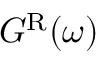
G ^ { \mathrm { R } } ( \omega )